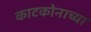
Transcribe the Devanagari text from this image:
काटकोनाच्या